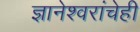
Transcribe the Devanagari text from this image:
ज्ञानेश्वरांचेही